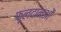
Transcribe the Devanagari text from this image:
फूलदानओं